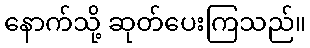
နောက်သို့ ဆုတ်ပေးကြသည်။